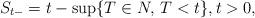
LaTeX: \begin{align*}S_{t-}= t-\sup\{T\in N,\, T<t\}, t>0,\end{align*}